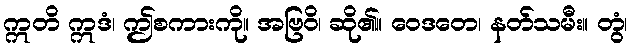
ဣတိ ဣဒံ၊ ဤစကားကို။ အဗြဝိ၊ ဆို၏။ ဝေဒတေ၊ နတ်သမီး။ တွံ၊